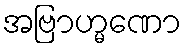
အဗြာဟ္မဏော